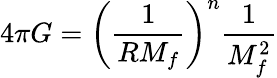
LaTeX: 4\pi G=\left(\frac{1}{RM_{f}}\right)^{n}\frac{1}{M_{f}^{2}}